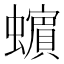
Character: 𧓍